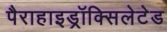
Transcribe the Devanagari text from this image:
पैराहाइड्रॉक्सिलेटेड